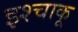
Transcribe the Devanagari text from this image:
इश्चाकू